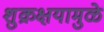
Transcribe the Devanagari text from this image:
शुक्रक्षयामुळे